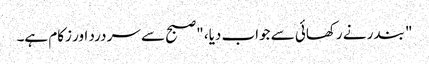
" بندر نے رکھائی سے جواب دیا، "صبح سے سر درد اور زکام ہے۔